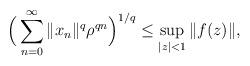
LaTeX: \begin{align*}\Big( \sum_{n=0}^{\infty} \Vert x_n \Vert^{q} \rho^{qn} \Big)^{1/q}\leq \sup_{|z|<1} \|f(z)\|,\end{align*}